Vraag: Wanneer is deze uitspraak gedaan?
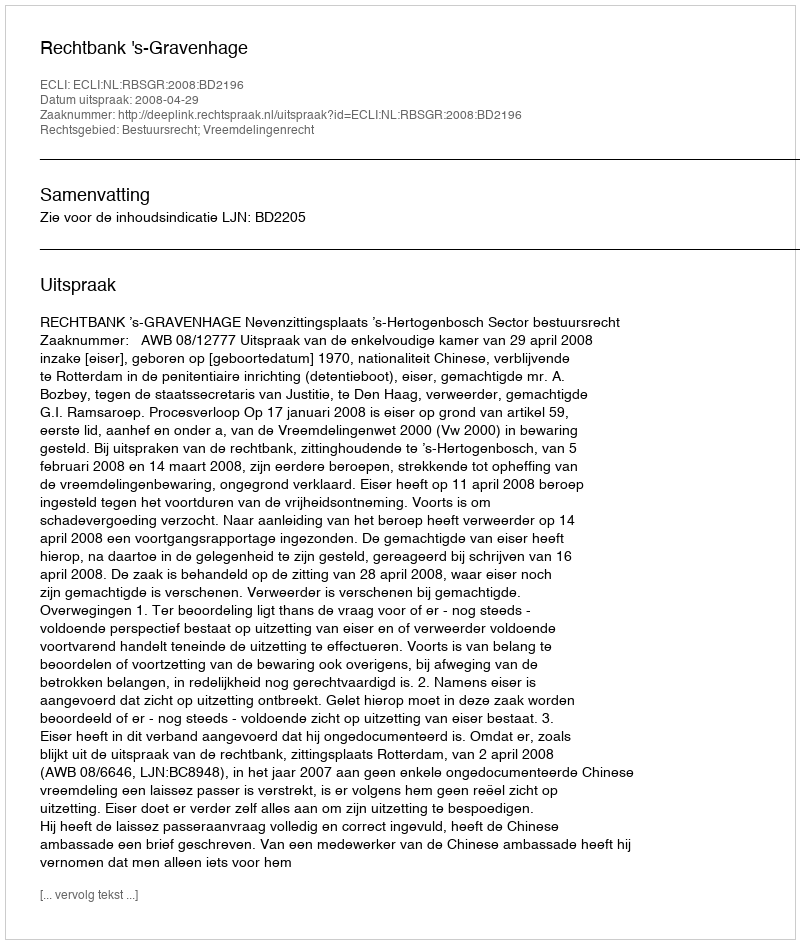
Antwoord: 2008-04-29